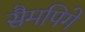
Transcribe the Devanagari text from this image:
सैमपिगे